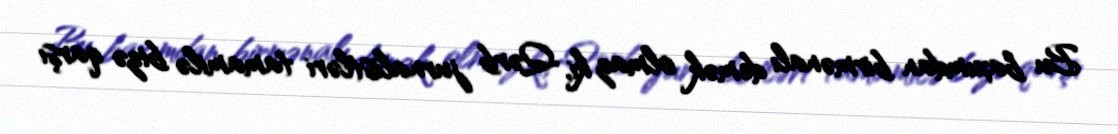
Bu baxımdan birmənalı demək olmaz ki, Qərb jurnalistləri tamamilə bizə qarşı